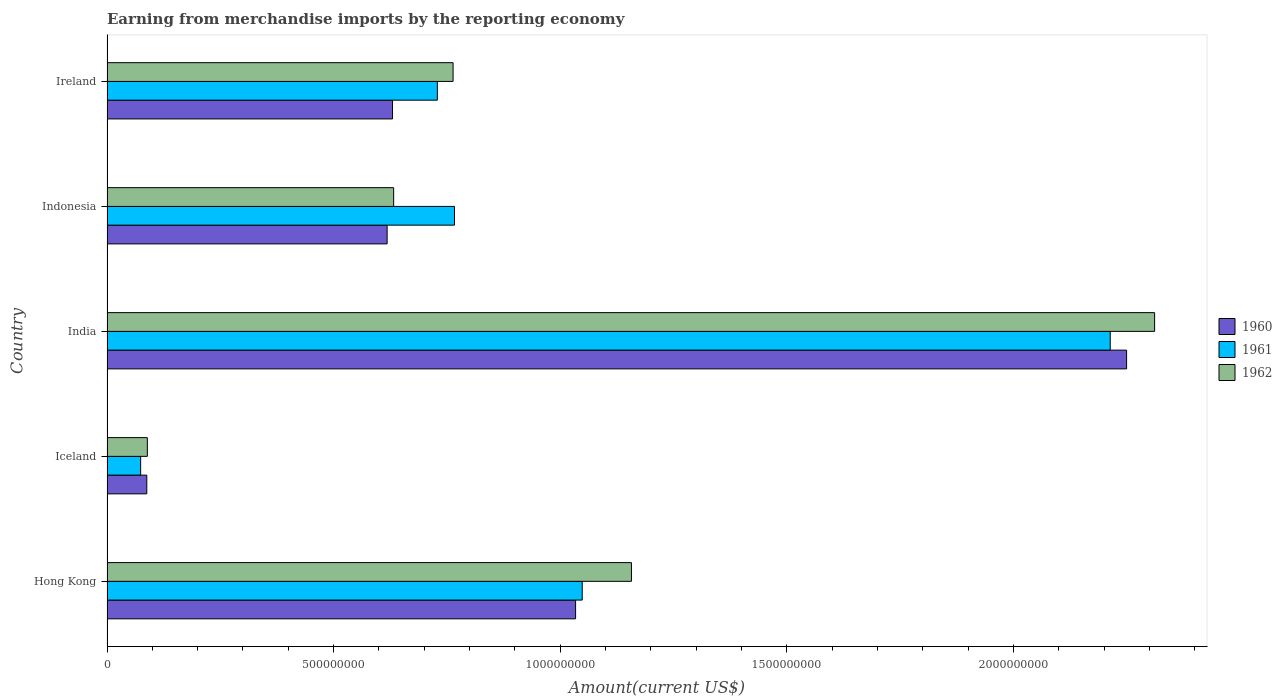
| Country | 1960 | 1961 | 1962 |
 | --- | --- | --- | --- |
 | Hong Kong | 1.03e+09 | 1.05e+09 | 1.16e+09 |
 | Iceland | 8.78e+07 | 7.42e+07 | 8.9e+07 |
 | India | 2.25e+09 | 2.21e+09 | 2.31e+09 |
 | Indonesia | 6.18e+08 | 7.67e+08 | 6.32e+08 |
 | Ireland | 6.3e+08 | 7.29e+08 | 7.64e+08 |